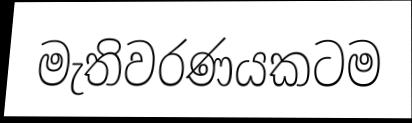
මැතිවරණයකටම